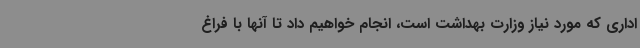
اداری که مورد نیاز وزارت بهداشت است، انجام خواهیم داد تا آنها با فراغ